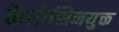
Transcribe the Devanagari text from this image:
केरोसिनयुक्त